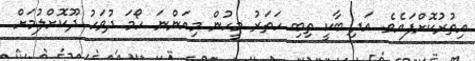
އިތުރުކޮށްފައެވެ. އަދި ބާކީ ތިބި ހަތަރު މީހުން މިއަންނަ ހޯމަ ދުވަހު ދޫކޮށްލުމަށް